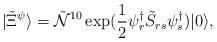
LaTeX: \begin{align*}|\tilde{\Xi}^{\psi}\rangle=\tilde{\mathcal{N}}^{10}\exp(\frac{1}{2}\psi^{\dag}_{r}\tilde{S}_{rs}\psi^{\dag}_{s})|0\rangle,\end{align*}